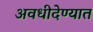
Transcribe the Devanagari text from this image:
अवधीदेण्यात